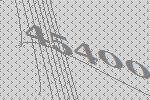
45400